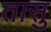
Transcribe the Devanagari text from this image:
तासु